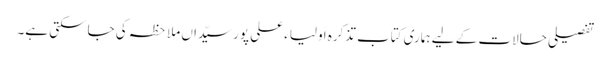
تفصیلی حالات کے لیے ہماری کتاب تذکرہ اَولیاء علی پورسیّداں ملاحظہ کی جاسکتی ہے۔